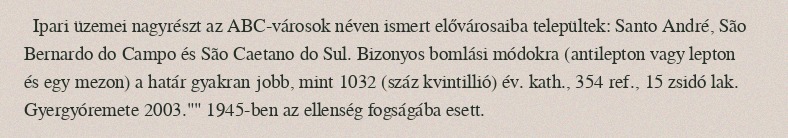
Ipari üzemei nagyrészt az ABC-városok néven ismert elővárosaiba települtek: Santo André, São Bernardo do Campo és São Caetano do Sul. Bizonyos bomlási módokra (antilepton vagy lepton és egy mezon) a határ gyakran jobb, mint 1032 (száz kvintillió) év. kath., 354 ref., 15 zsidó lak. Gyergyóremete 2003."" 1945-ben az ellenség fogságába esett.